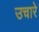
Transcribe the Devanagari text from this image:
उचारे